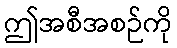
ဤအစီအစဉ်ကို